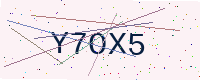
Text: Y7OX5